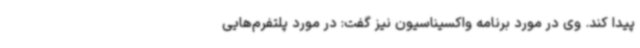
پیدا کند. وی در مورد برنامه واکسیناسیون نیز گفت: در مورد پلتفرم‌هایی